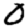
Digit: 0